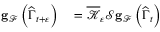
\begin{array} { r l } { \mathbf { g } _ { \mathcal { F } } \left( \widehat { \Gamma } _ { t + \varepsilon } \right) } & { { } = \overline { { \mathcal { K } } } _ { \varepsilon } \mathcal { S } \mathbf { g } _ { \mathcal { F } } \left( \widehat { \Gamma } _ { t } \right) } \end{array}